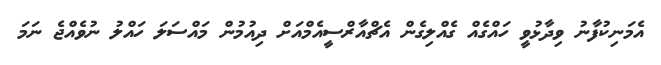
އެމަނިކުފާނު ވިދާޅުވީ ހައްގެއް ގެއްލިގެން އެޗްއާރްސީއެމްއަށް ދިއުމުން މައްސަލަ ހައްލު ނުވެއްޖެ ނަމަ